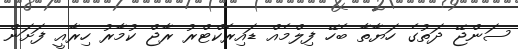
ސަންޖޭ ދަތުގެ ހަޔާތާ ބެހޭ ފިލްމެއް ޑައިރެކްޓްރު ރާޖް ކުމާރު ހިރާއީ ފަށަން